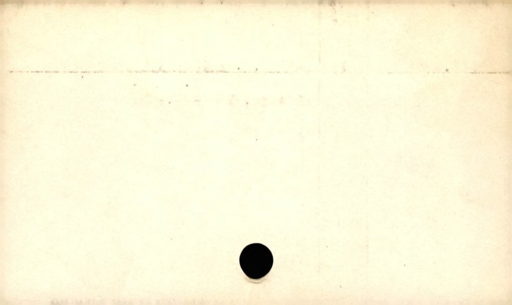
Label: blank